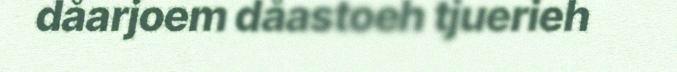
dåarjoem dåastoeh tjuerieh